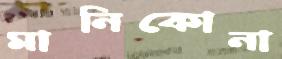
মানিকোনা